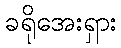
ခရိုအေးရှား